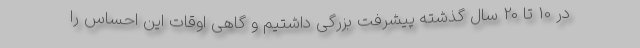
در 10 تا 20 سال گذشته پیشرفت بزرگی داشتیم و گاهی اوقات این احساس را